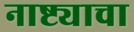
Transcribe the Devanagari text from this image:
नाष्ट्याचा